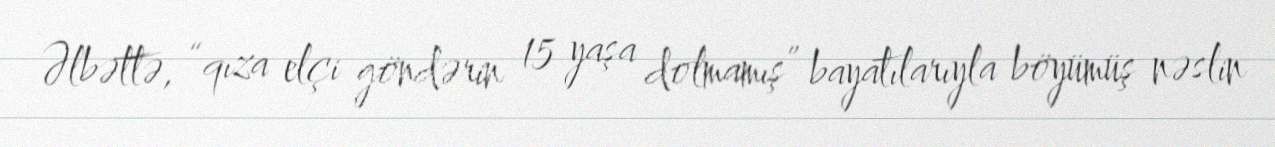
Əlbəttə, “qıza elçi göndərin 15 yaşa dolmamış” bayatılarıyla böyümüş nəslin